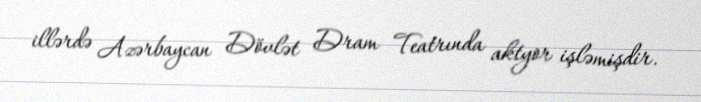
illərdə Azərbaycan Dövlət Dram Teatrında aktyor işləmişdir.